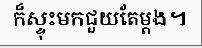
ក៏ស្ទុះមកជួយតែម្តង។